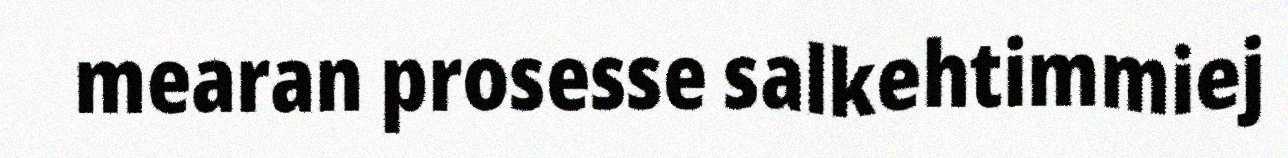
mearan prosesse salkehtimmiej